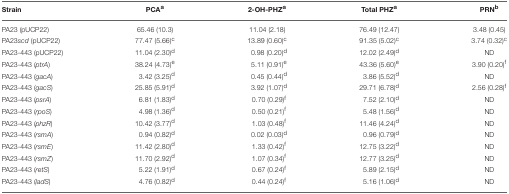
<table><thead><tr><td><b>Strain</b></td><td><b>PCA<sup>a</sup></b></td><td><b>2-OH-PHZ<sup>a</sup></b></td><td><b>Total PHZ<sup>a</sup></b></td><td><b>PRN<sup>b</sup></b></td></tr></thead><tbody><tr><td>PA23 (pUCP22)</td><td>65.46 (10.3)</td><td>11.04 (2.18)</td><td>76.49 (12.47)</td><td>3.48 (0.45)</td></tr><tr><td>PA23<i>scd</i> (pUCP22)</td><td>77.47 (5.66)<sup>c</sup></td><td>13.89 (0.60)<sup>c</sup></td><td>91.35 (5.02)<sup>c</sup></td><td>3.74 (0.32)<sup>c</sup></td></tr><tr><td>PA23-443 (pUCP22)</td><td>11.04 (2.30)<sup>d</sup></td><td>0.98 (0.20)<sup>d</sup></td><td>12.02 (2.49)<sup>d</sup></td><td>ND</td></tr><tr><td>PA23-443 (<i>ptrA</i>)</td><td>38.24 (4.73)<sup>e</sup></td><td>5.11 (0.91)<sup>e</sup></td><td>43.36 (5.60)<sup>e</sup></td><td>3.90 (0.20)<sup>f</sup></td></tr><tr><td>PA23-443 (<i>gacA</i>)</td><td>3.42 (3.25)<sup>d</sup></td><td>0.45 (0.44)<sup>d</sup></td><td>3.86 (5.52)<sup>d</sup></td><td>ND</td></tr><tr><td>PA23-443 (<i>gacS</i>)</td><td>25.85 (5.91)<sup>d</sup></td><td>3.92 (1.07)<sup>d</sup></td><td>29.71 (6.78)<sup>d</sup></td><td>2.56 (0.28)<sup>f</sup></td></tr><tr><td>PA23-443 (<i>psrA</i>)</td><td>6.81 (1.83)<sup>d</sup></td><td>0.70 (0.29)<sup>f</sup></td><td>7.52 (2.10)<sup>d</sup></td><td>ND</td></tr><tr><td>PA23-443 (<i>rpoS</i>)</td><td>4.98 (1.36)<sup>d</sup></td><td>0.50 (0.21)<sup>f</sup></td><td>5.48 (1.56)<sup>d</sup></td><td>ND</td></tr><tr><td>PA23-443 (<i>phzR</i>)</td><td>10.42 (3.77)<sup>d</sup></td><td>1.03 (0.48)<sup>f</sup></td><td>11.46 (4.24)<sup>d</sup></td><td>ND</td></tr><tr><td>PA23-443 (<i>rsmA</i>)</td><td>0.94 (0.82)<sup>d</sup></td><td>0.02 (0.03)<sup>d</sup></td><td>0.96 (0.79)<sup>d</sup></td><td>ND</td></tr><tr><td>PA23-443 (<i>rsmE</i>)</td><td>11.42 (2.80)<sup>d</sup></td><td>1.33 (0.42)<sup>f</sup></td><td>12.75 (3.22)<sup>d</sup></td><td>ND</td></tr><tr><td>PA23-443 (<i>rsmZ</i>)</td><td>11.70 (2.92)<sup>d</sup></td><td>1.07 (0.34)<sup>f</sup></td><td>12.77 (3.25)<sup>d</sup></td><td>ND</td></tr><tr><td>PA23-443 (<i>retS</i>)</td><td>5.22 (1.91)<sup>d</sup></td><td>0.67 (0.24)<sup>f</sup></td><td>5.89 (2.15)<sup>d</sup></td><td>ND</td></tr><tr><td>PA23-443 (<i>ladS</i>)</td><td>4.76 (0.82)<sup>d</sup></td><td>0.44 (0.24)<sup>f</sup></td><td>5.16 (1.06)<sup>d</sup></td><td>ND</td></tr></tbody></table>